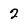
Character: 2